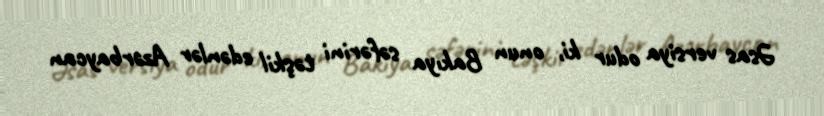
Əsas versiya odur ki, onun Bakıya səfərini təşkil edənlər Azərbaycan